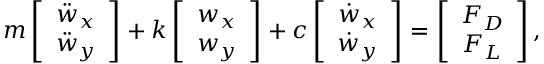
m \left[ \begin{array} { c } { \ddot { w } _ { x } } \\ { \ddot { w } _ { y } } \end{array} \right] + k \left[ \begin{array} { c } { w _ { x } } \\ { w _ { y } } \end{array} \right] + c \left[ \begin{array} { c } { \dot { w } _ { x } } \\ { \dot { w } _ { y } } \end{array} \right] = \left[ \begin{array} { c } { F _ { D } } \\ { F _ { L } } \end{array} \right] ,